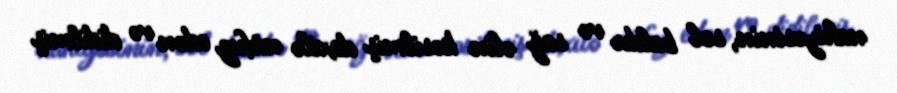
nahiyəsinin, sol baldır və sağ əlin kəsilmiş daxilə nüfuz edən və didilmiş